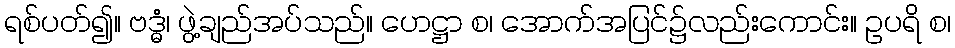
ရစ်ပတ်၍။ ဗဒ္ဓံ၊ ဖွဲ့ချည်အပ်သည်။ ဟေဋ္ဌာ စ၊ အောက်အပြင်၌လည်းကောင်း။ ဥပရိ စ၊